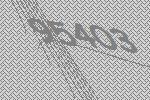
95403